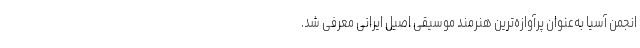
انجمن آسیا به‌عنوان پرآوازه‌ترین هنرمند موسیقی اصیل ایرانی معرفی شد.